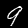
Digit: 9